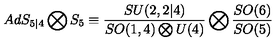
A d S _ { 5 | 4 } \bigotimes S _ { 5 } \equiv \frac { S U ( 2 , 2 | 4 ) } { S O ( 1 , 4 ) \bigotimes U ( 4 ) } \bigotimes \frac { S O ( 6 ) } { S O ( 5 ) }